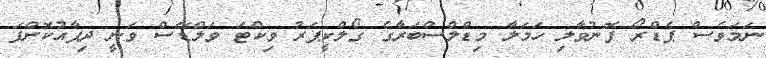
ނަމަވެސް ޕެޑްރޯ ފޮނުވާލި ހަމަލާ މިޑްލްސްބަރާގެ ގޯލްކީޕަރު ވިކްޓަ ވަލްޑޭސް ވަނީ ދިފާއުކޮށްފަ